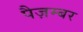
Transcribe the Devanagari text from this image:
पैज़म्बर